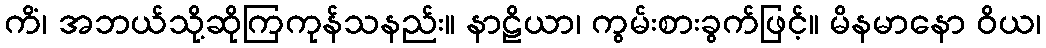
ကိံ၊ အဘယ်သို့ဆိုကြကုန်သနည်း။ နာဠိယာ၊ ကွမ်းစားခွက်ဖြင့်။ မိနမာနော ဝိယ၊